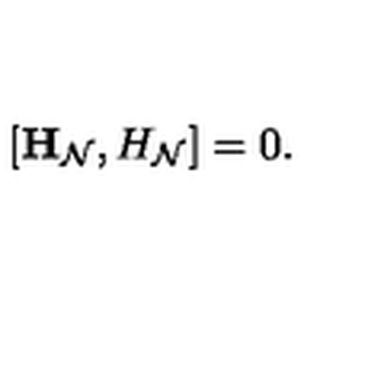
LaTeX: \left[ { \bf H } _ { \cal N } , H _ { \cal N } \right] = 0 .